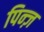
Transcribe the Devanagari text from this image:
पिन्ज़